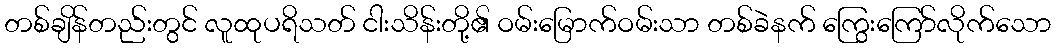
တစ်ချိန်တည်းတွင် လူထုပရိသတ် ငါးသိန်းတို့၏ ဝမ်းမြောက်ဝမ်းသာ တစ်ခဲနက် ကြွေးကြော်လိုက်သော